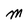
Character: M